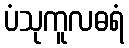
ပံသုကူလဓရံ